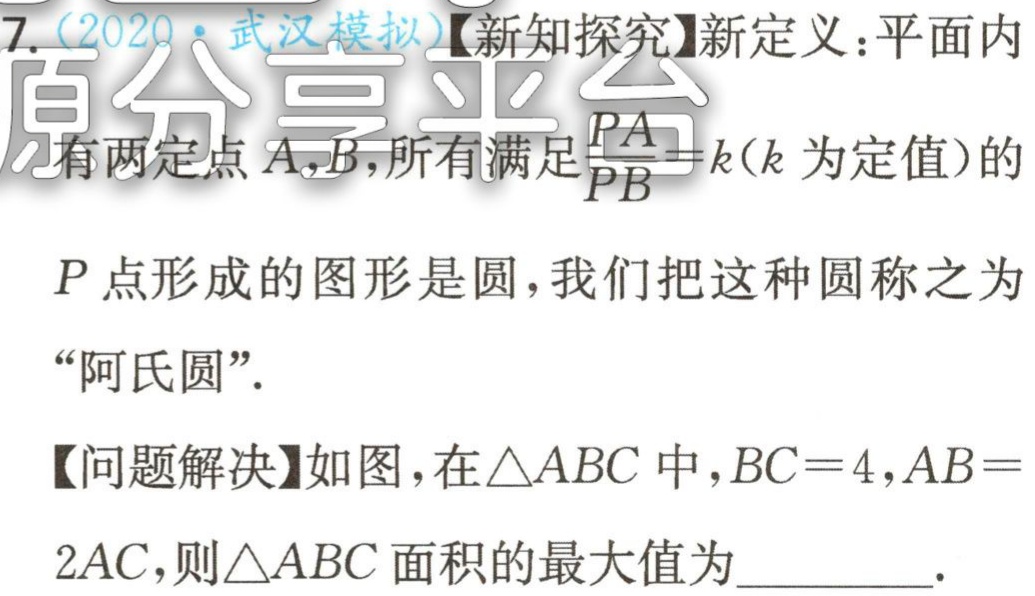
7.（2020·武汉模拟）【新知探究】新定义：平面内

有两定点\(A,B\)，所有满足\(\frac{PA}{PB}=k(k\)为定值）的

\(P\)点形成的图形是圆，我们把这种圆称之为

“阿氏圆”.

【问题解决】如图，在\(\triangle ABC\)中，\(BC = 4\)，\(AB =\)

\(2AC\)，则\(\triangle ABC\)面积的最大值为  .